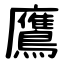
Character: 鷹